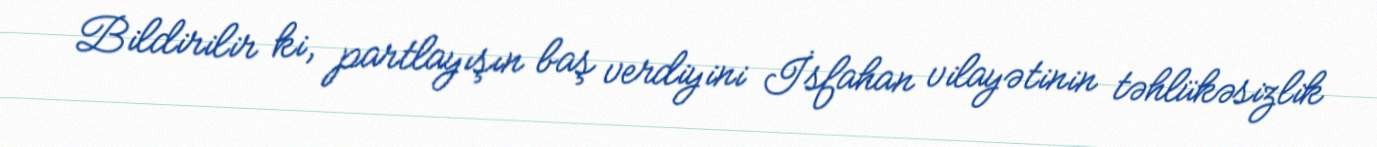
Bildirilir ki, partlayışın baş verdiyini İsfahan vilayətinin təhlükəsizlik